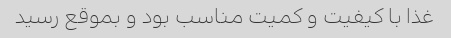
غذا با کیفیت و کمیت مناسب بود و بموقع رسید